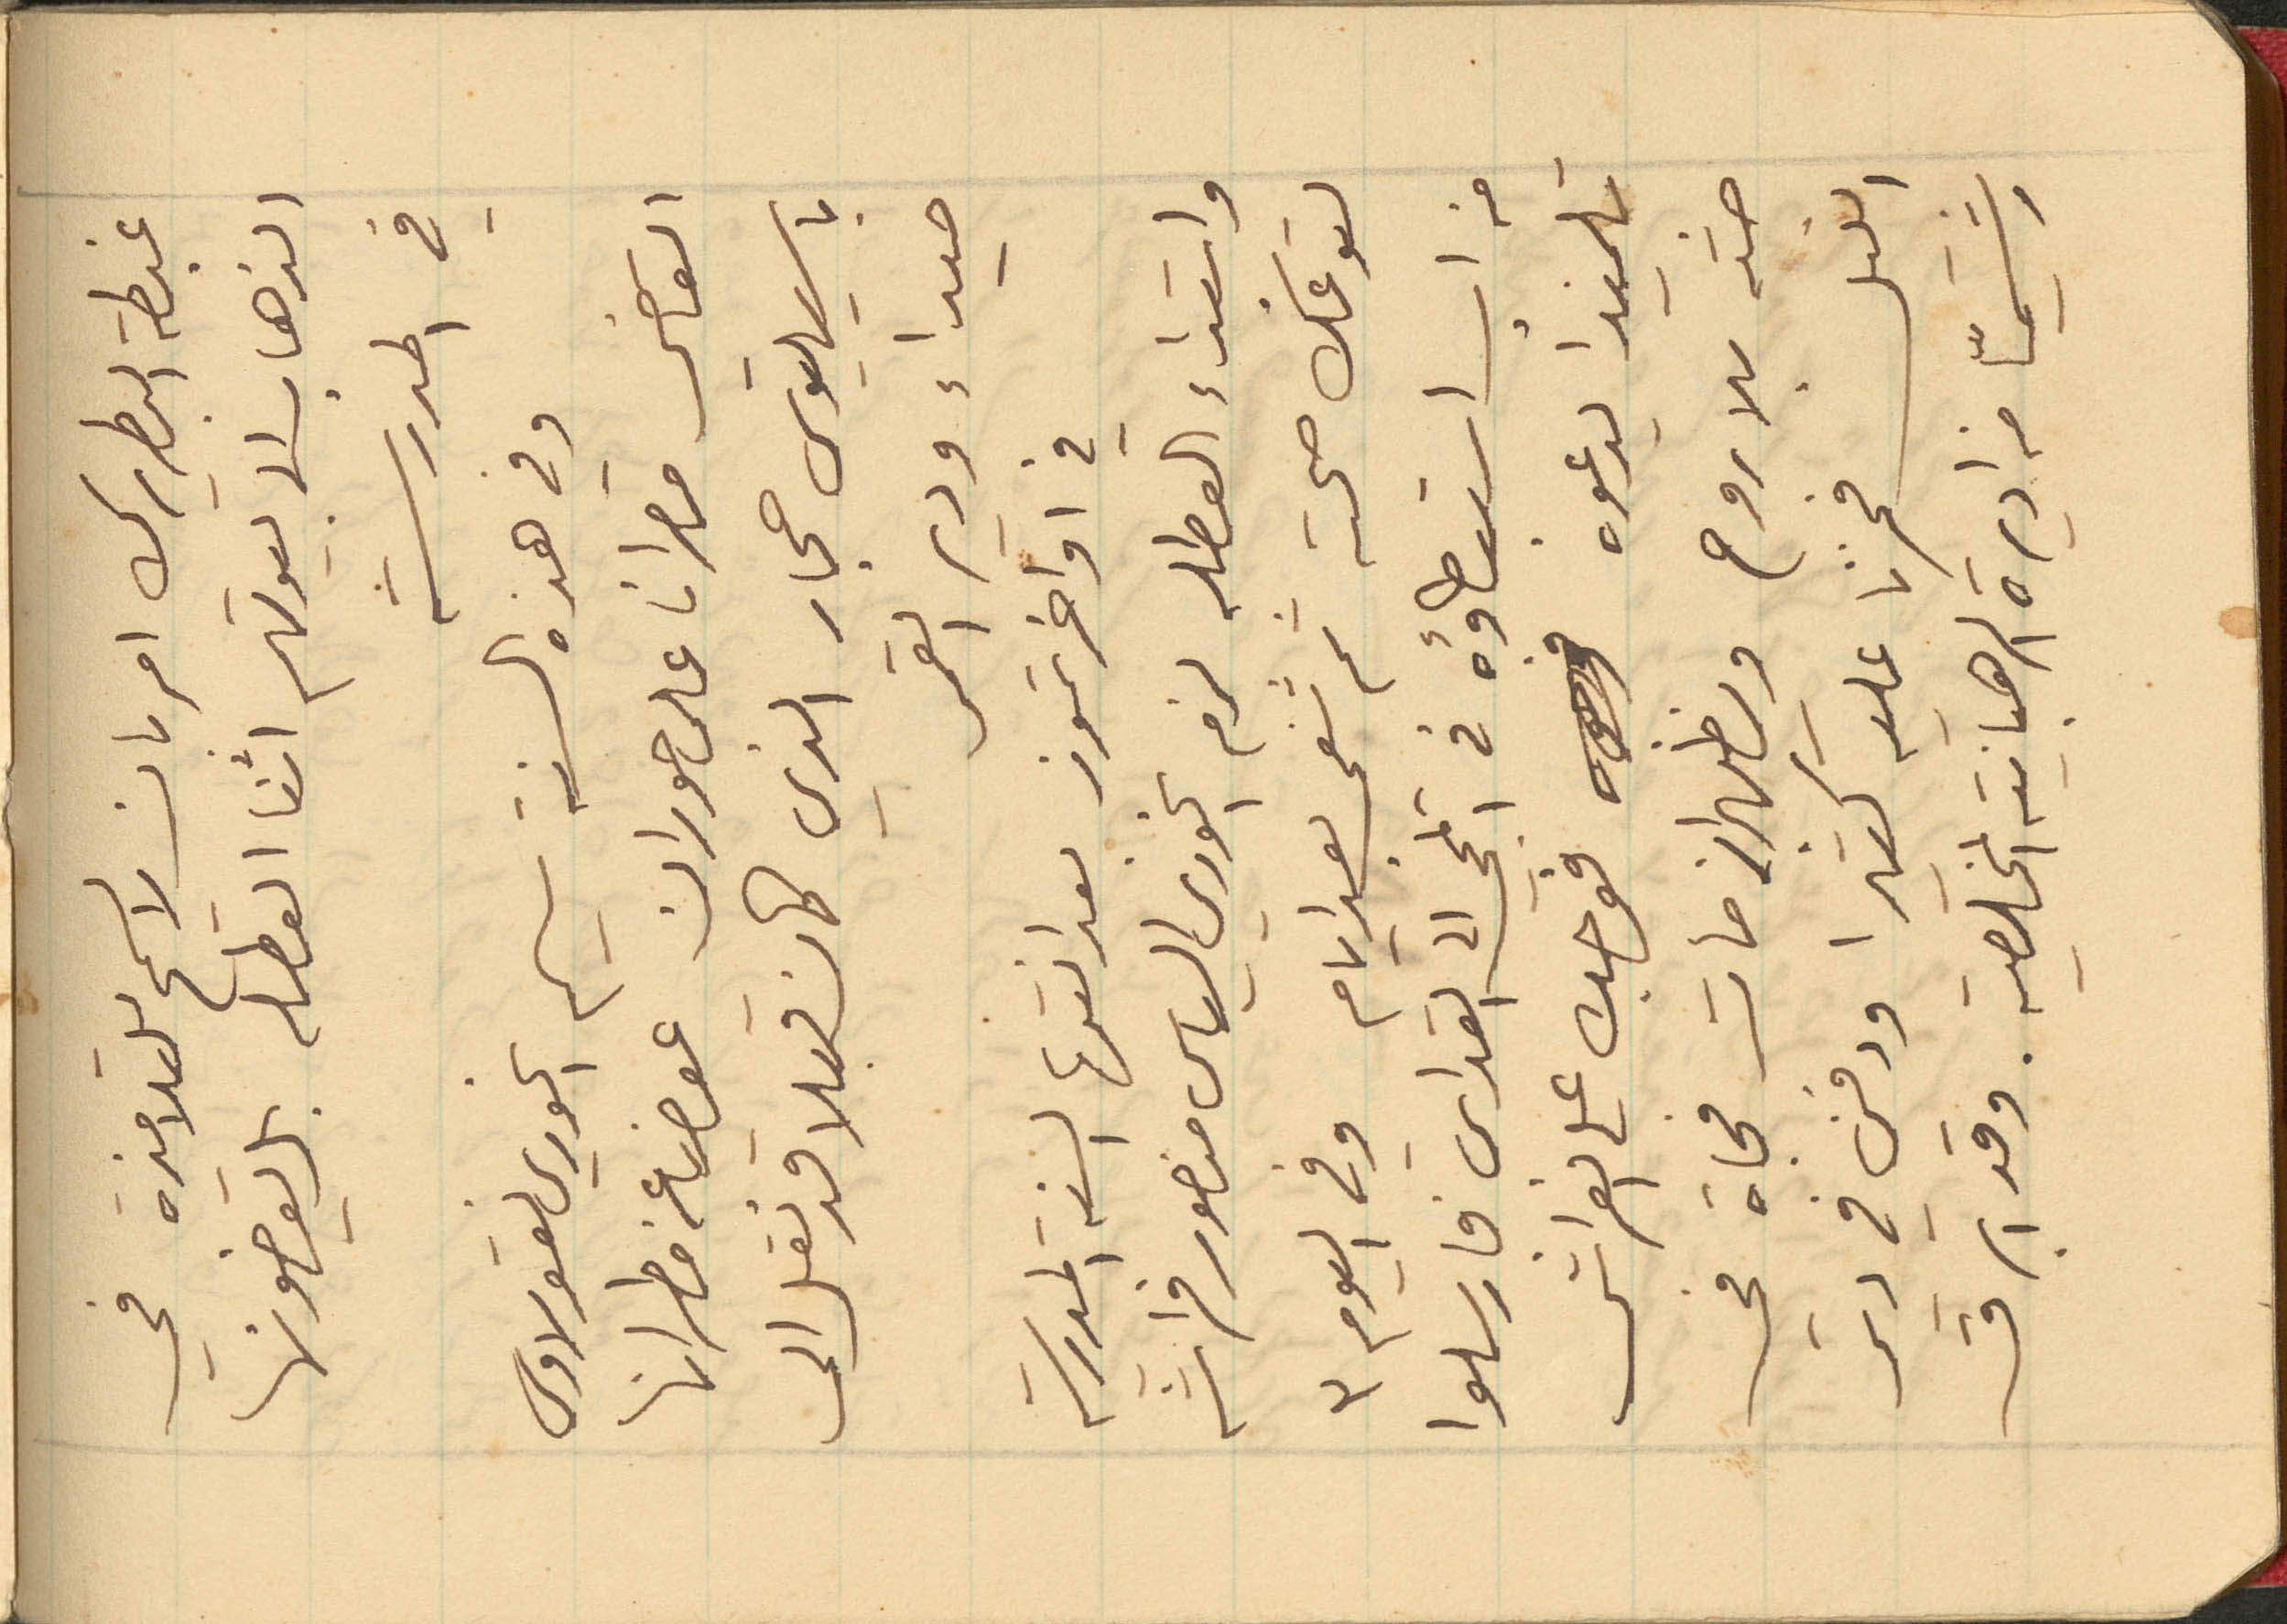
غبطة البطريرك امر بان لا يسمح للتلامذه في
الذهاب الى بيوتهم اثنا العطله بل يقضونها
في المدرسة
وفي هذه السنة سيم الخوري نيقولاوس
القاضي مطران على حوران عوض عن مطرانها
باسيليوس حجار الذي كان قبلا قد نقل الى
صيداء ودير القمر
في اواخر تموز بعد انتها السنة المدرسية
وابتداء العطله لزم الخوري الياس منصور فراشه
لتوعك صحته ثم شفي بعد ايام وفي اليوم 3
من اب استبطاؤه في المجي الى القداس فارسلوا
تلميذا يدعوه فوجده على الفراش
جسد بلا روح ويظهر انه مات فجاة في
الليل فحزنا عليه كثيرا ودفن في دير
رشميّا من اديرة الرهبانية المخلصية. وقد ابرق